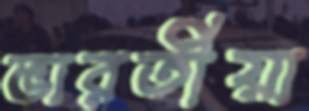
ভারতীয়া